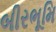
બીરભૂમિ